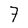
Character: 7